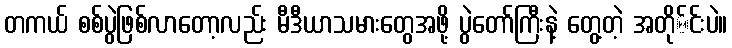
တကယ် စစ်ပွဲဖြစ်လာတော့လည်း မီဒီယာသမားတွေအဖို့ ပွဲတော်ကြီးနဲ့ တွေ့တဲ့ အတို်င်းပဲ။